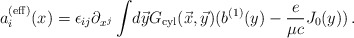
\begin{align*}a_i^{({\rm eff})}(x)= \epsilon_{ij} \partial_{x^j}\int \! d \vec y {G}_{\rm cyl}(\vec x, \vec y)(b^{(1)}(y) -{e \over \mu c} J_0(y))\,. \end{align*}